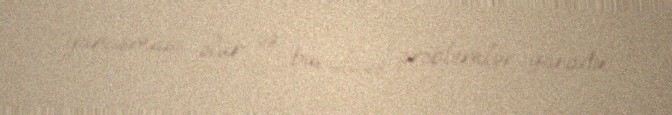
yanaşması olur və bu, əlavə problemlər yaradır.